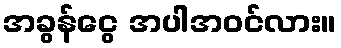
အခွန်ငွေ အပါအဝင်လား။